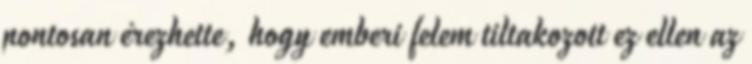
pontosan érezhette, hogy emberi felem tiltakozott ez ellen az